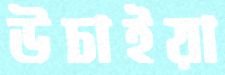
উচাইয়া